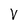
Character: V